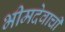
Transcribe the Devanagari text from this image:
भीमदेवाची